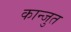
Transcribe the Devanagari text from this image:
कान्जुत